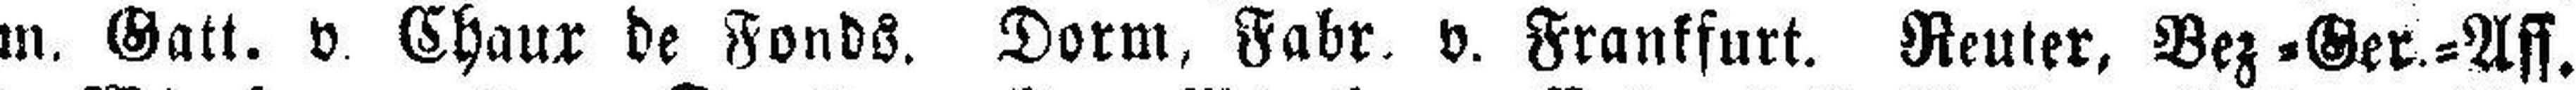
m. Gatt, v. Chaux de Fonds. Dorm, Fabr. v. Frankfurt. Reuter, Bez=Ger.=Aff.